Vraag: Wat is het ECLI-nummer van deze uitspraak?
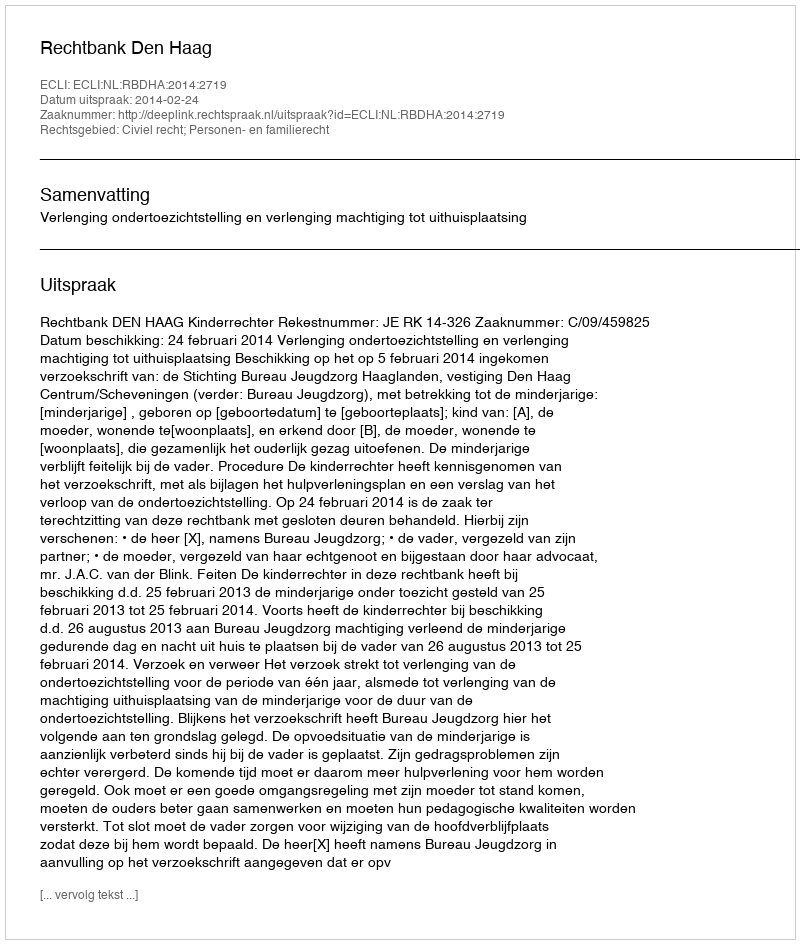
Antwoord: ECLI:NL:RBDHA:2014:2719